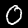
Digit: 0